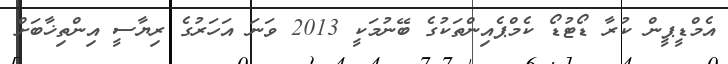
އެމްޑީޕީން ކުރާ ޑޯޓުޑޯ ކެމްޕެއިންތަކުގެ ބޭނުމަކީ 2013 ވަނަ އަހަރުގެ ރިޔާސީ އިންތިޚާބަށް